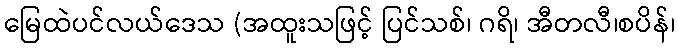
မြေထဲပင်လယ်ဒေသ (အထူးသဖြင့် ပြင်သစ်၊ ဂရိ၊ အီတလီ၊စပိန်၊